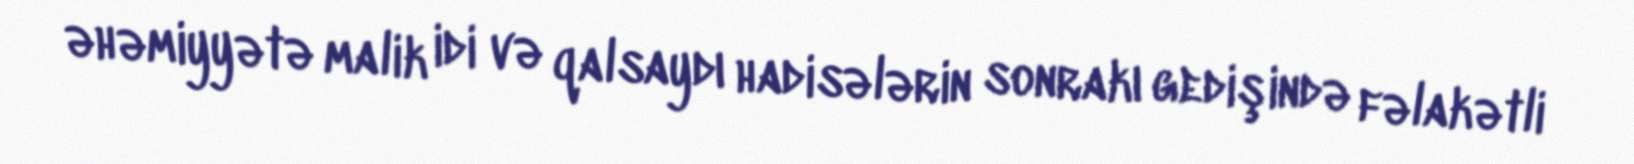
əhəmiyyətə malik idi və qalsaydı hadisələrin sonrakı gedişində fəlakətli